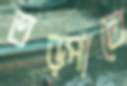
তড়্‌পাতে